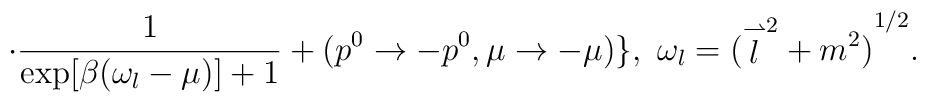
\cdot \frac{1}{\exp[\beta(\omega_l-\mu)]+1}+   (p^0\to -p^0, \mu\to -\mu)\}, \ \omega_l={(   {\stackrel{\rightharpoonup}{l}}^2+m^2)}^{1/2}.